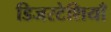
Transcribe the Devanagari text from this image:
डिजरटेशियाँ